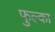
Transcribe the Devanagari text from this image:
फुल्का